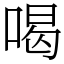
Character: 喝